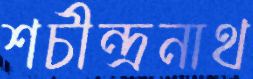
শচীন্দ্রনাথ